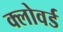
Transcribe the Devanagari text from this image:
क्लोवर्ड